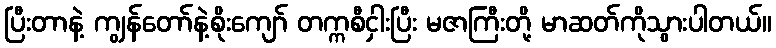
ပြီးတာနဲ့ ကျွန်တော်နဲ့စိုးကျော် တက္ကစီငှါးပြီး မဇာကြီးတို့ မာဆတ်ကိုသွားပါတယ်။